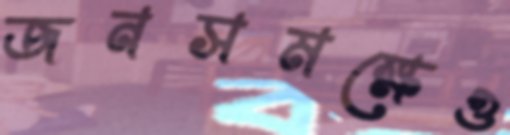
জনসমক্ষেও